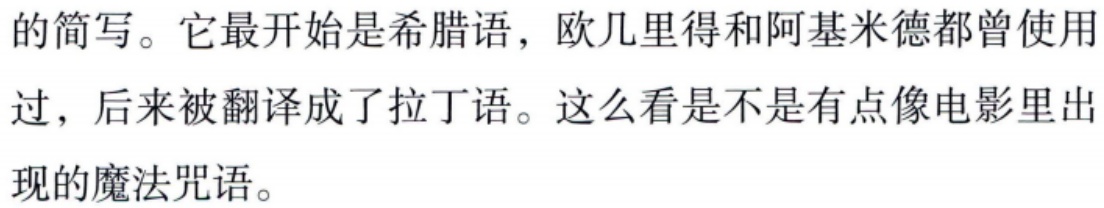
的简写。它最开始是希腊语，欧几里得和阿基米德都曾使用过，后来被翻译成了拉丁语。这么看是不是有点像电影里出现的魔法咒语。